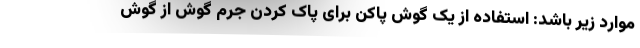
موارد زیر باشد: استفاده از یک گوش پاکن برای پاک کردن جرم گوش از گوش